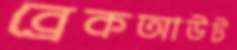
ব্রেকআউট